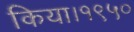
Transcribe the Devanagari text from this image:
किया।१९५०